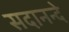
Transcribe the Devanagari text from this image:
सदानन्दे